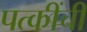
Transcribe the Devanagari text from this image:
पत्कींची